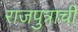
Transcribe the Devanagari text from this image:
राजपुत्राची